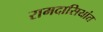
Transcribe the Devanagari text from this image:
रामदासियांत